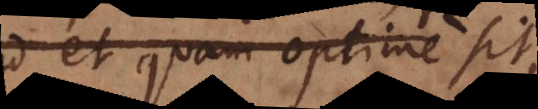
sed et quam optime sit,